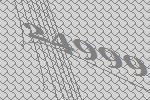
24999